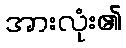
အားလုံး၏